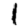
Digit: 1